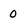
Character: 0